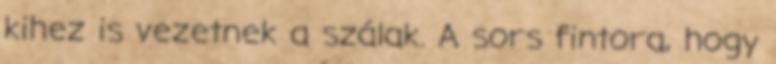
kihez is vezetnek a szálak. A sors fintora, hogy